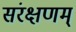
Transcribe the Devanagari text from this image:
संरक्षणम्‌